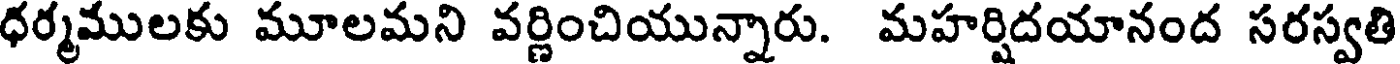
ధర్మములకు మూలమని వర్ణించియున్నారు. మహర్షిదయానంద సరస్వతి